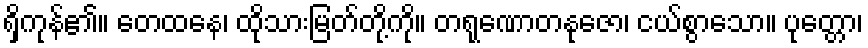
ရှိကုန်၏။ တေထနေ၊ ထိုသားမြတ်တို့ကို။ တရုဏောတနုဇော၊ ငယ်စွာသော။ ပုတ္တော၊